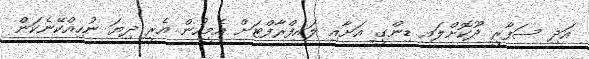
އަދި ސަފާރީ ދޫކޮށްލައި ޑިންގީ އަށާއި ލައިފްރާފްޓަށް އެމީހުން އެރީ ދިޔަ ނުހިއްކޭނެކަން